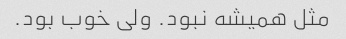
مثل همیشه نبود. ولی خوب بود.